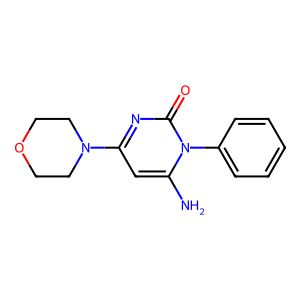
SMILES: Nc1cc(N2CCOCC2)nc(=O)n1-c1ccccc1
Inhibits HIV replication: No